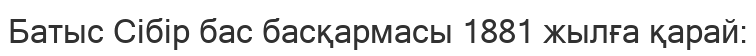
Батыс Сібір бас басқармасы 1881 жылға қарай: